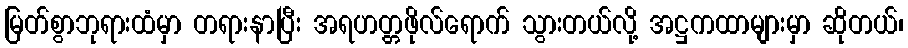
မြတ်စွာဘုရားထံမှာ တရားနာပြီး အရဟတ္တဖိုလ်ရောက် သွားတယ်လို့ အဋ္ဌကထာများမှာ ဆိုတယ်၊